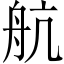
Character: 航